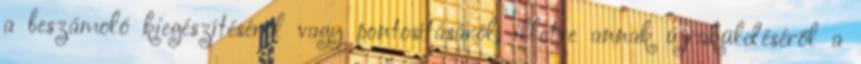
a beszámoló kiegészítéséről vagy pontosításáról, illetve annak újraküldéséről a